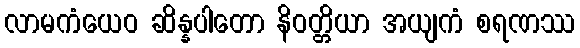
လာမကံယေဝ ဆိန္နပါတော နိဝတ္တိယာ အယျကံ စရဏဿ